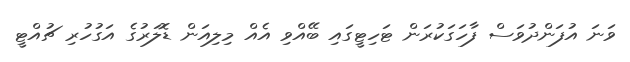
ވަނަ އުފަންދުވަސް ފާހަގަކުރަން ޓަހިޓީގައި ބޭއްވި އެއް މިލިއަން ޑޮލަރުގެ އަގުހުރި ޗުއްޓީ